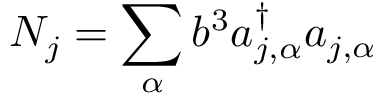
N _ { j } = \sum _ { \alpha } b ^ { 3 } a _ { j , \alpha } ^ { \dagger } a _ { j , \alpha }